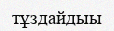
тұздайдыы